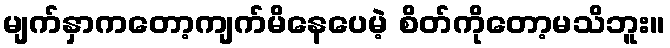
မျက်နှာကတော့ကျက်မိနေပေမဲ့ စိတ်ကိုတော့မသိဘူး။